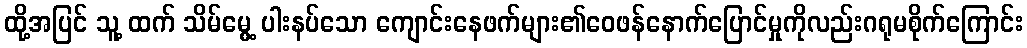
ထို့အပြင် သူ့ ထက် သိမ်မွေ့ ပါးနပ်သော ကျောင်းနေဖက်များ၏ဝေဖန်နောက်ပြောင်မှုကိုလည်းဂရုမစိုက်ကြောင်း